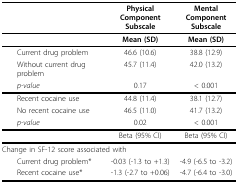
|  | PhysicalComponentSubscale | MentalComponentSubscale |
 | --- | --- | --- |
 |  | Mean (SD) | Mean (SD) |
 | Current drug problem | 46.6 (10.6) | 38.8 (12.9) |
 | Without current drug problem | 45.7 (11.4) | 42.0 (13.2) |
 | p-value | 0.17 | < 0.001 |
 | Recent cocaine use | 44.8 (11.4) | 38.1 (12.7) |
 | No recent cocaine use | 46.5 (11.0) | 41.7 (13.2) |
 | p-value | 0.02 | < 0.001 |
 |  | Beta (95% CI) | Beta (95% CI) |
 | Change in SF-12 score associated with |  |  |
 | Current drug problem* | -0.03 (-1.3 to +1.3) | -4.9 (-6.5 to -3.2) |
 | Recent cocaine use* | -1.3 (-2.7 to +0.06) | -4.7 (-6.4 to -3.0) |